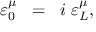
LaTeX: \varepsilon _ { 0 } ^ { \mu } \; \; = \; \; i \; \varepsilon _ { L } ^ { \mu } ,